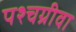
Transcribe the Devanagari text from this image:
पश्चग्रीवा